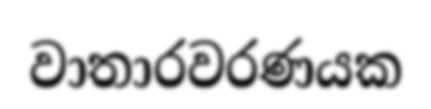
වාතාරවරණයක